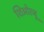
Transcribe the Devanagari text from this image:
शिओत्जू